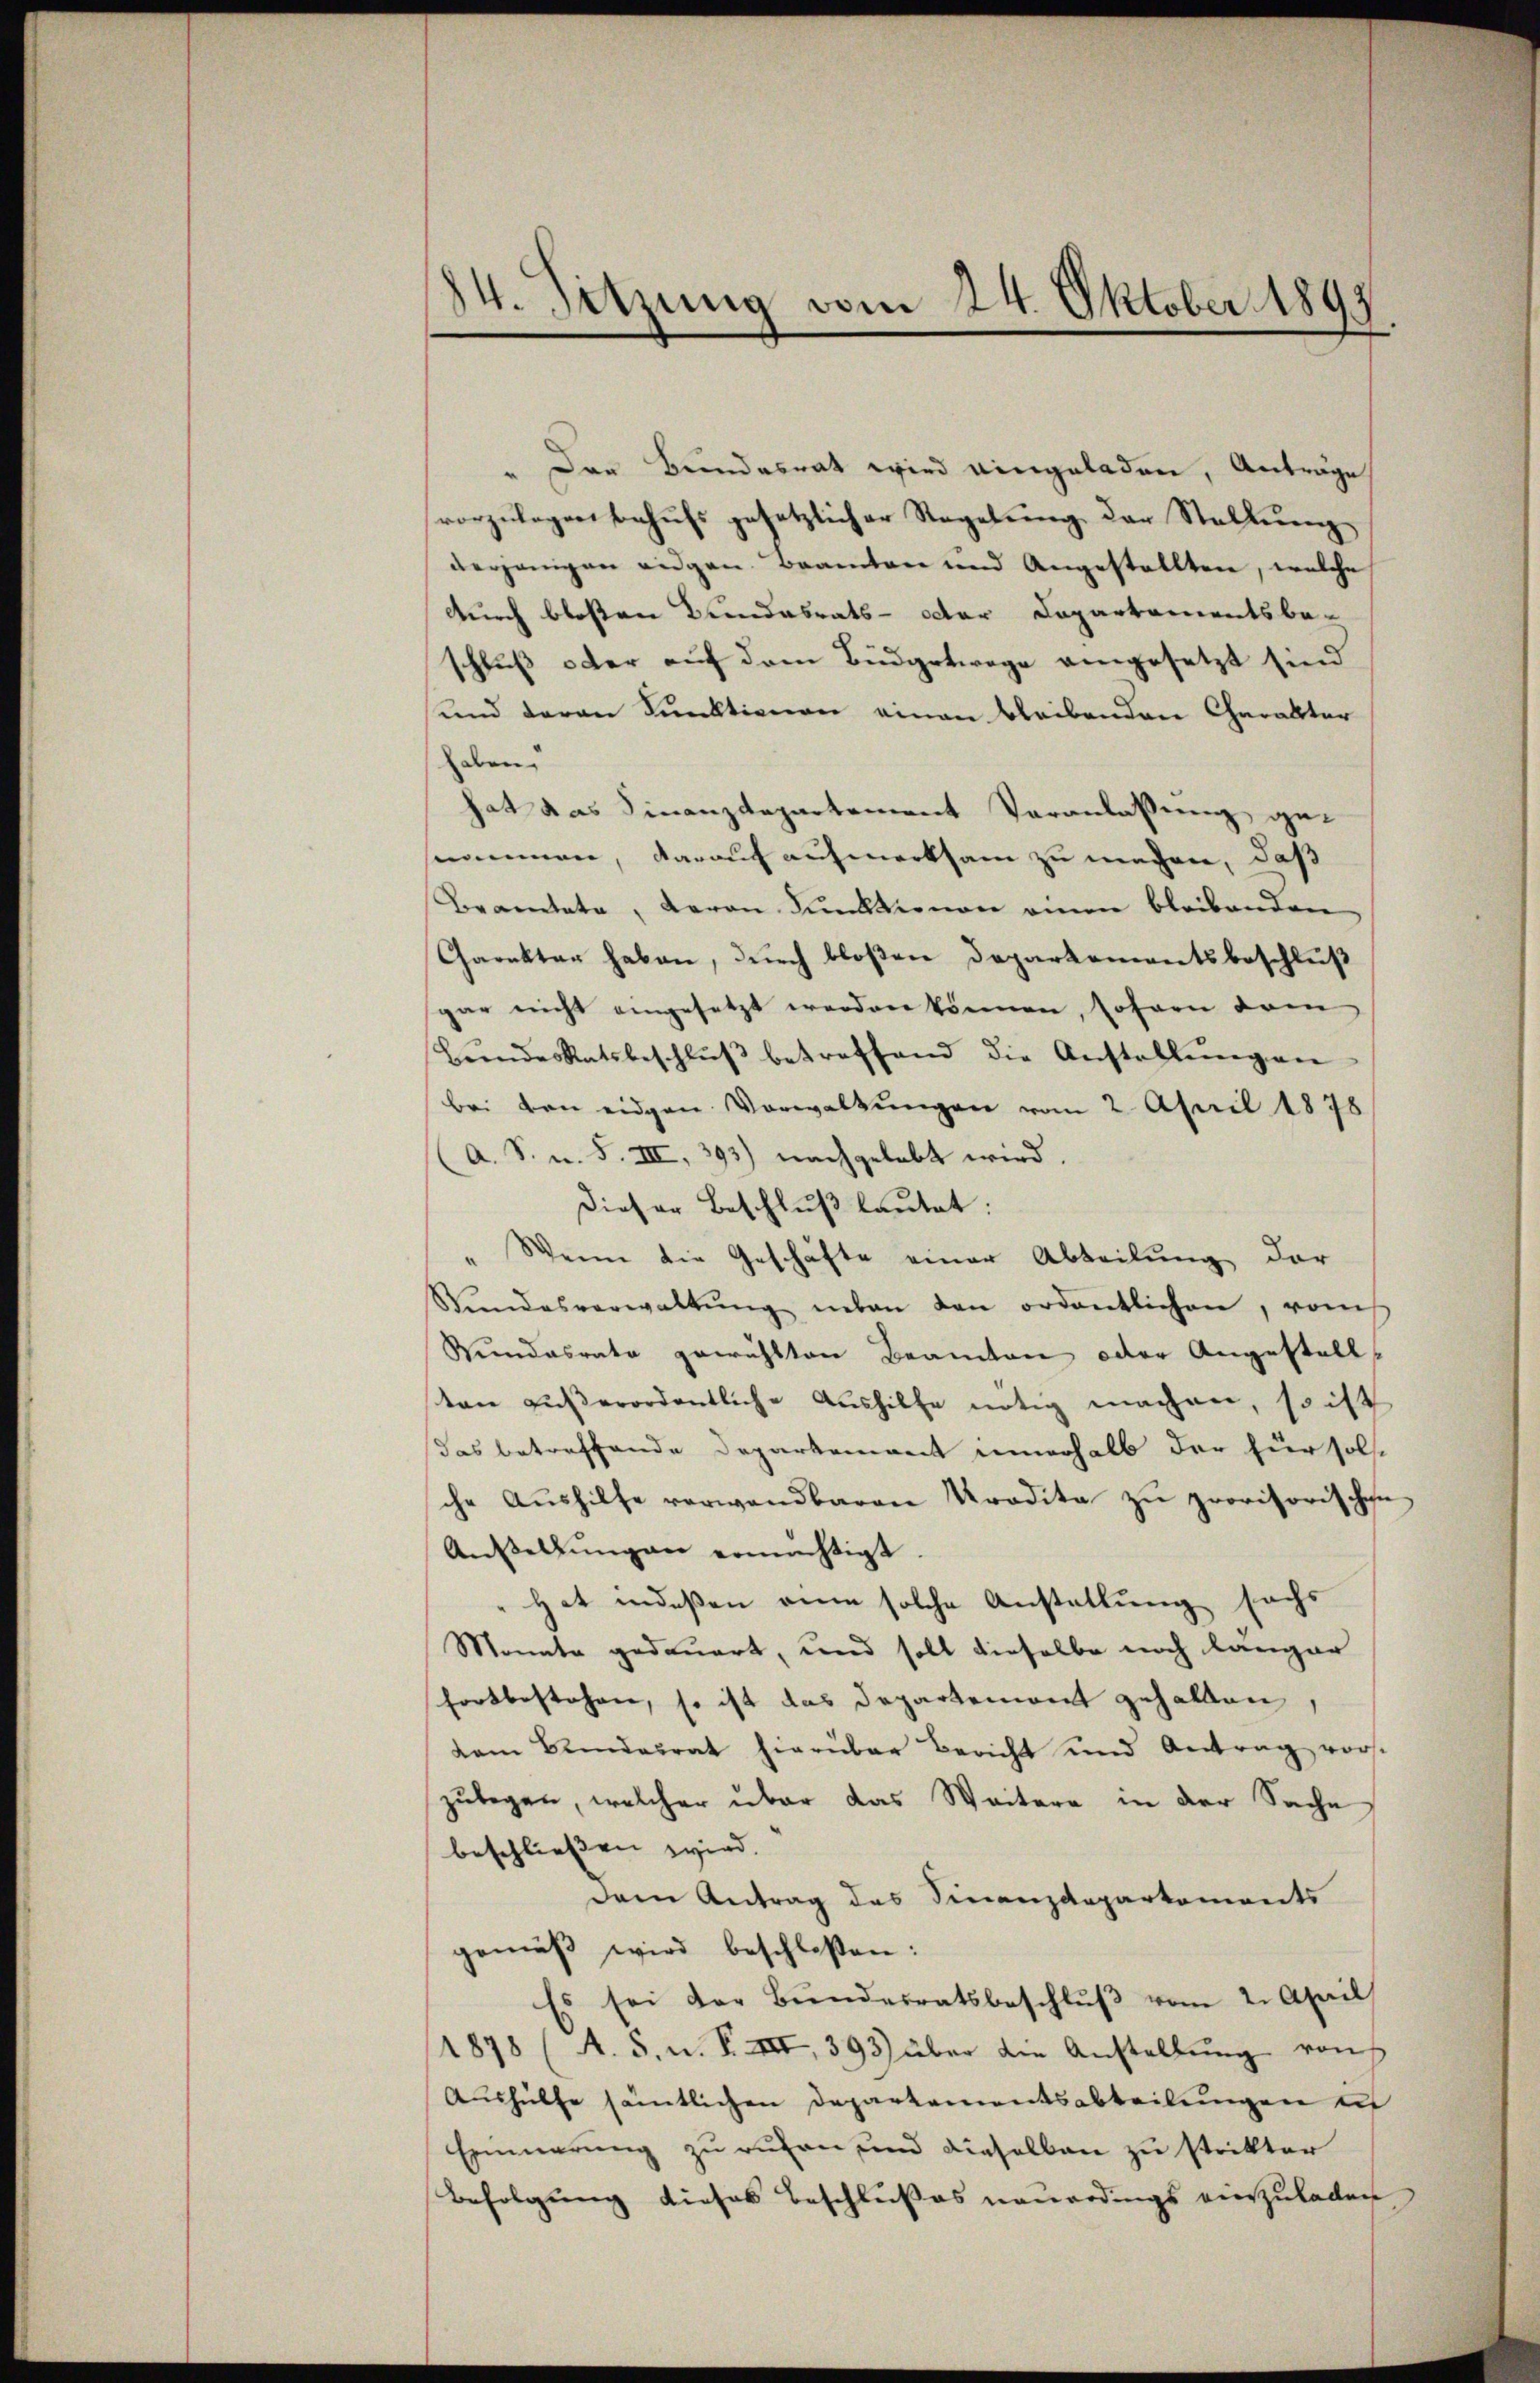
84. Sitzung vom 24. Oktober 1897

" Der Bundesrat wird eingeladen, Anträge
vorzŭlegen behŭfs gesetzlicher Regelŭng der Stellŭng
derjenigen eigen Beamten und Angestellten, welche
Durch bloßen Bundesrats- Actor Departamentsbe-
schluß oder auf dem Büdgetwege eingesetzt sind.
und daran Funktionen einen bleibenden Charakter
aben
hat das Finanzdepartement Veranlassung genommen, darauf aufmerksam zu machen, daß
Bramtete, Baron Punktionen einen bleibenden
Charakter haben, durch bloßen Departementsbeschluß
gar nicht angesetzt werden können, sofern dam
Bŭndes Ratsbeschlŭβ betreffend die Anstallŭngen
bei von eigen Verwaltŭngen vom 2. April 1878
A. S. n. F. III, 393) nachgelebt wird
Dieser Beschluß lautet:
Wenn die Geschäfte einer Abteilung der
Sŭndesverwaltŭng neben den ordentlichen, roms
Kundesrate gewählten Beamten oder Angestellten außerordentliche Aushilfe nötig machen, so ist
das betreffende Departement innerhalb der für soll
che Aŭshilfe verwandbaren Kradita zŭ provisorischen
Anstellŭngen ermächtigt.
Hat indeßen eine solche Anstellung sechs
Monate gedauert, und soll dieselbe noch länger
fortbestehen, so ist das Departemont gehalten,
dam Bundesrat hierüber bericht und Antrag vorst
zŭlegen, welcher über das Weitere in der Sache
beschließen wird.
dem Antrag des Finanzdepartements
gemäβ wird beschloßen:
s sei der Bŭndesratsbeschlŭβ vom 2. April
1878 (A. 5. n. F. XII, 393) über die Anstellung von
Aushülfe sämtlichen Departementsabteilungen is
Erinnerung zu ruhen und dieselben zu stritter
Befolgung dieses Beschlußes neuerdings einzuladen